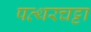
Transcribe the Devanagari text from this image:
पत्थरचट्टा